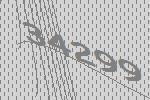
34299